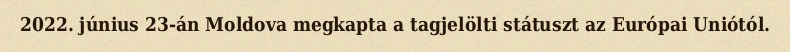
2022. június 23-án Moldova megkapta a tagjelölti státuszt az Európai Uniótól.